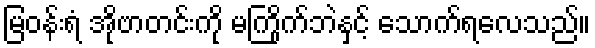
မြဝန်းရံ အိုဗာတင်းကို မကြိုက်ဘဲနှင့် သောက်ရလေသည်။